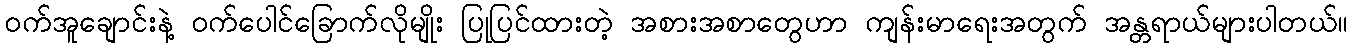
ဝက်အူချောင်းနဲ့ ဝက်ပေါင်ခြောက်လိုမျိုး ပြုပြင်ထားတဲ့ အစားအစာတွေဟာ ကျန်းမာရေးအတွက် အန္တရာယ်များပါတယ်။